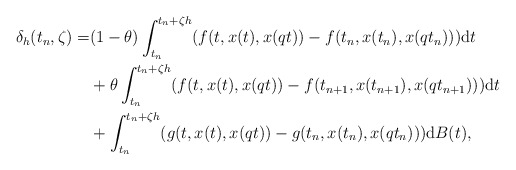
\begin{align*}\delta_h(t_n,\zeta)=&(1-\theta)\int_{t_n}^{t_n+\zeta h}(f(t,x(t),x(qt))-f(t_n,x(t_n),x(qt_n))){\rm d}t\\&+\theta\int_{t_n}^{t_n+\zeta h}(f(t,x(t),x(qt))-f(t_{n+1},x(t_{n+1}),x(qt_{n+1}))){\rm d}t \\&+\int_{t_n}^{t_n+\zeta h}(g(t,x(t),x(qt))-g(t_n,x(t_n),x(qt_n))){\rm d}B(t), \end{align*}